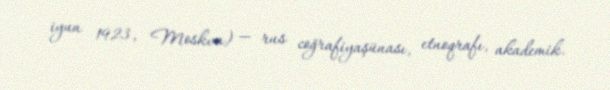
iyun 1923, Moskva) — rus coğrafiyaşünası, etnoqrafı, akademik.